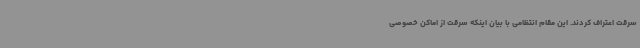
سرقت اعتراف کردند. این مقام انتظامی با بیان اینکه سرقت از اماکن خصوصی